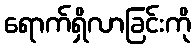
ရောက်ရှိလာခြင်းကို